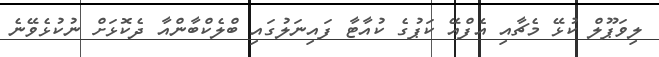
ލިވަޕޫލް ކުޅޭ މެޗާއި އެފްއޭ ކަޕުގެ ކުއާޓާ ފައިނަލުގައި ބްލެކްބާންއާ ދެކޮޅަށް ނުކުޅެވޭނެ